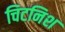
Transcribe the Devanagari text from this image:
चिटनिश